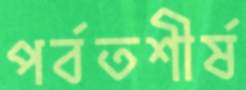
পর্বতশীর্ষ